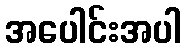
အပေါင်းအပါ